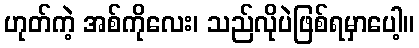
ဟုတ်ကဲ့ အစ်ကိုလေး၊ သည်လိုပဲဖြစ်ရမှာပေါ့။